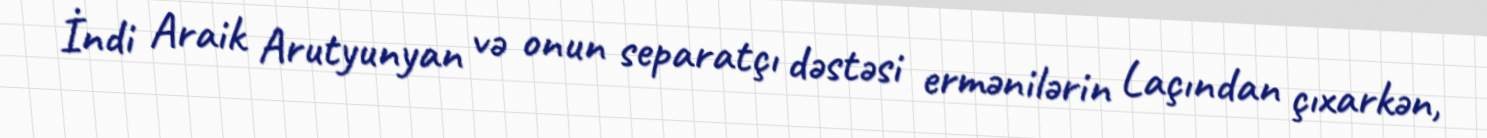
İndi Araik Arutyunyan və onun separatçı dəstəsi ermənilərin Laçından çıxarkən,